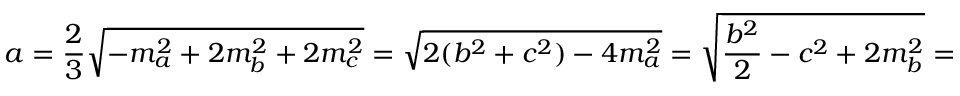
a = { \frac { 2 } { 3 } } { \sqrt { - m _ { a } ^ { 2 } + 2 m _ { b } ^ { 2 } + 2 m _ { c } ^ { 2 } } } = { \sqrt { 2 ( b ^ { 2 } + c ^ { 2 } ) - 4 m _ { a } ^ { 2 } } } = { \sqrt { { \frac { b ^ { 2 } } { 2 } } - c ^ { 2 } + 2 m _ { b } ^ { 2 } } } = { \sqrt { { \frac { c ^ { 2 } } { 2 } } - b ^ { 2 } + 2 m _ { c } ^ { 2 } } } ,